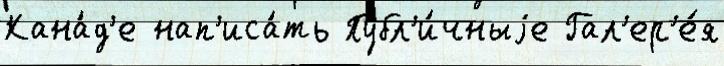
Кана́д'е нап'иса́ть Публ'и́чныjе Гал'ер'е́я